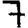
Digit: 7